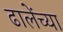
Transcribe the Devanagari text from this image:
ढालेंच्या